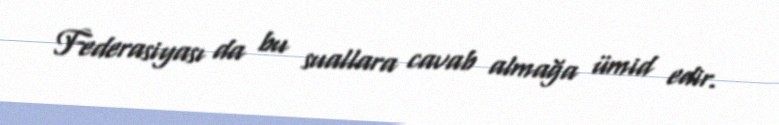
Federasiyası da bu suallara cavab almağa ümid edir.